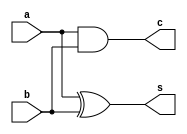
//Half Adder

module HA (a,b,c,s);

	input a,b;
	output c,s;
	
	assign s = a ^ b;
	assign c = a & b;
	
endmodule